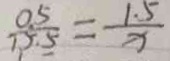
\frac { 0 . 5 } { 1 5 . 5 } = \frac { 1 . 5 } { x }